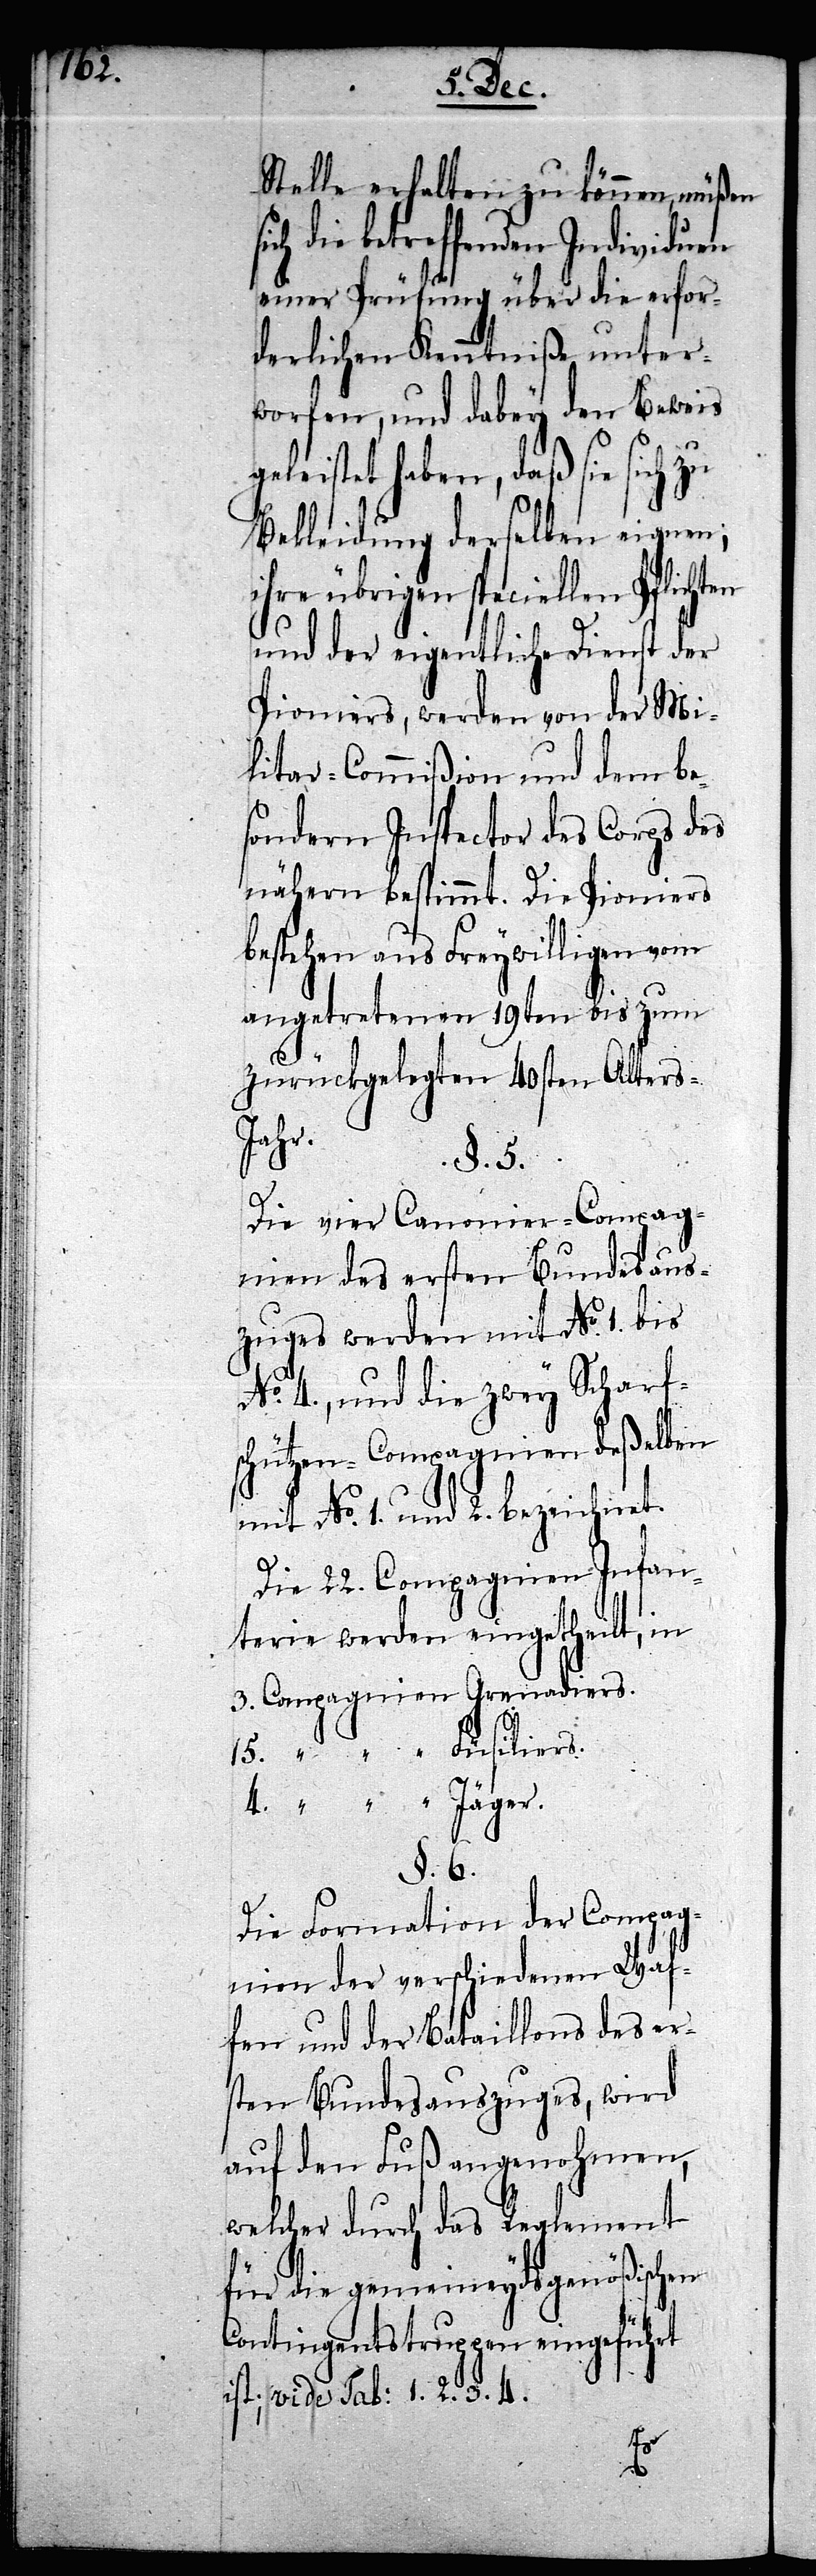
Stelle erhalten zu können, müßen
ich die betreffenden Individuen
einer Prüfung über die erfor¬
derlichen Kenntniße unter¬
worfen, und dabey den Beweis
geleistet haben, daß sie sich zu
Bekleidung derselben eignen;
ihre übrigen speciellen Pflichten
und der eigentliche Dienst der
Pioniers, werden von der Mi¬
litar-Commißion und dem be¬
sondern Inspector des Corps des
nähern bestimmt. Die Pioniers
bestehen aus Freywilligen vom
angetretenen 19ten bis zum
zurückgelegten 40sten Alters-J¬
ahr.
§. 5.
Die vier Canonier-Compag¬
nien des ersten Bundesaus¬
zuges werden mit No. 1. bis
No. 4., und die zwey Scharf¬
schützen-Compagnien deßelben
mit No. 1. und 2. bezeichnet.
Die 22. Compagnien Infan¬
terie werden eingetheilt, in
3. Compagnien Grenadiers.
15. “ Füsiliers.
4. “ Jäger.
§. 6.
Die Formation der Compag¬
nien der verschiedenen Waf¬
fen und der Bataillons des er¬
sten Bundesauszuges, wird
auf den Fuß angenohmen,
welcher durch das Reglement
für die gemeineydsgenößischen
Contingentstruppen eingeführt
ist; vide Tab: 1. 2. 3. 4.
s¬